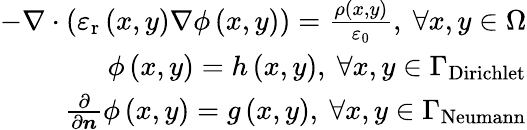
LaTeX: \begin{array}{r}{-\nabla\cdot\left(\varepsilon_{\mathrm{r}}\left(x,y\right)\nabla\phi\left(x,y\right)\right)=\frac{\rho\left(x,y\right)}{\varepsilon_{0}},~\forall x,y\in\Omega}\\ {\phi\left(x,y\right)=h\left(x,y\right),~\forall x,y\in\Gamma_{\mathrm{Dirichlet}}}\\ {\frac{\partial}{\partial\boldsymbol{n}}\phi\left(x,y\right)=g\left(x,y\right),~\forall x,y\in\Gamma_{\mathrm{Neumann}}}\end{array}